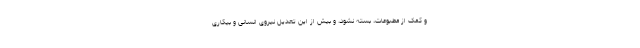
و کمک از مطبوعات، بسته نشود، و بیش از این تعدیل نیروی انسانی و بیکاری